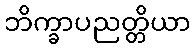
ဘိက္ခာပညတ္တိယာ